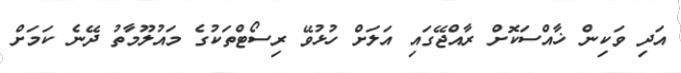
އަދި ވަކިން ޚާއްސަކޮށް ރާއްޖޭގައި އަލަށް ހުޅުވޭ ރިސޯޓްތަކުގެ މައުލޫމާތު ދޭނެ ކަމަށް